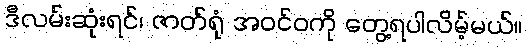
ဒီလမ်းဆုံးရင်၊ ဇာတ်ရုံ အဝင်ဝကို တွေ့ရပါလိမ့်မယ်။